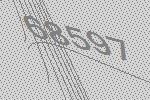
68597